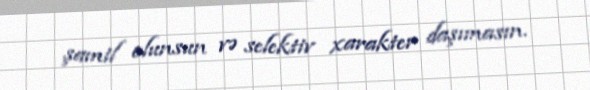
şamil olunsun və selektiv xarakter daşımasın.